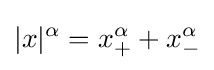
|x|^{\alpha }=x_{+}^{\alpha }+x_{-}^{\alpha }